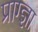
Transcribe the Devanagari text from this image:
प्राग्ज्ञा